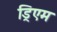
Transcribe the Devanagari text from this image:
ड्रिएम